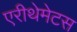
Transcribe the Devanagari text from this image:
एरीथेमेटस